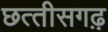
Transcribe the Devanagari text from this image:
छत्‍तीसगढ़़